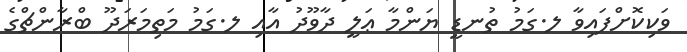
ވަކިކޮށްފައިވާ ލ.ގަމު ތުނޑީ ޔަންމާ ޢަލީ ދާވޫދު އާއި ލ.ގަމު މަތިމަރަދޫ ބްރާންޗްގެ